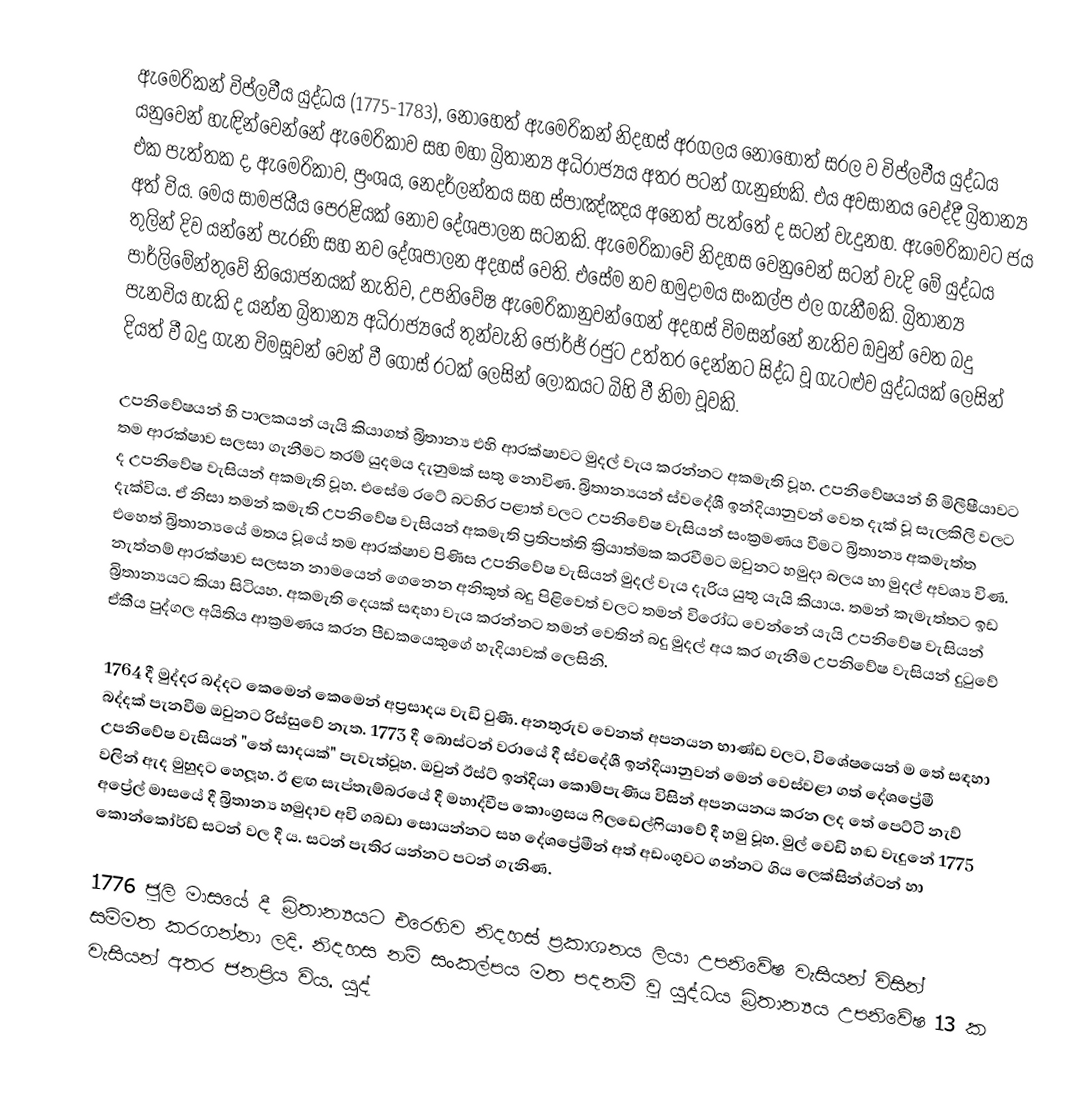
ඇමෙරිකන් විප්ලවීය යුද්ධය (1775-1783), නොහෙත් ඇමෙරිකන් නිදහස් අරගලය නොහොත් සරල ව විප්ලවීය යුද්ධය යනුවෙන් හැඳින්වෙන්නේ ඇමෙරිකාව සහ මහා බ්‍රිතාන්‍ය අධිරාජ්‍යය අතර පටන් ගැනුණකි. එය අවසානය වෙද්දී බ්‍රිතාන්‍ය එක පැත්තක ද, ඇමෙරිකාව, ප්‍රංශය, නෙදර්ලන්තය සහ ස්පාඤ්ඤය අනෙත් පැත්තේ ද සටන් වැදුනහ. ඇමෙරිකාවට ජය අත් විය. මෙය සාමජයීය පෙරළියක් නොව දේශපාලන සටනකි. ඇමෙරිකාවේ නිදහස වෙනුවෙන් සටන් වැදි මේ යුද්ධය තුලින් දිව යන්නේ පැරණි සහ නව දේශපාලන අදහස් වෙති. එසේම නව හමුදාමය සංකල්ප ඵල ගැනීමකි. බ්‍රිතාන්‍ය පාර්ලිමේන්තුවේ නියෝජනයක් නැතිව, උපනිවේෂ ඇමෙරිකානුවන්ගෙන් අදහස් විමසන්නේ නැතිව ඔවුන් වෙත බදු පැනවිය හැකි ද යන්න බ්‍රිතාන්‍ය අධිරාජ්‍යයේ තුන්වැනි ජෝර්ජ් රජුට උත්තර දෙන්නට සිද්ධ වූ ගැටළුව යුද්ධයක් ලෙසින් දියත් වී බදු ගැන විමසූවන් වෙන් වී ගොස් රටක් ලෙසින් ලෝකයට බිහි වී නිමා වූවකි.

උපනිවේෂයන් හි පාලකයන් යැයි කියාගත් බ්‍රිතාන්‍ය එහි ආරක්ෂාවට මුදල් වැය කරන්නට අකමැති වූහ. උපනිවේෂයන් හි මිලීෂීයාවට තම ආරක්ෂාව සලසා ගැනීමට තරම් යුදමය දැනුමක් සතු නොවිණ. බ්‍රිතාන්‍යයන් ස්වදේශී ඉන්දියානුවන් වෙත දැක් වූ සැලකිලි වලට ද උපනිවේෂ වැසියන් අකමැති වූහ. එසේම රටේ බටහිර පළාත් වලට උපනිවේෂ වැසියන් සංක්‍රමණය වීමට බ්‍රිතාන්‍ය අකමැත්ත දැක්විය. ඒ නිසා තමන් කමැති උපනිවේෂ වැසියන් අකමැති ප්‍රතිපත්ති ක්‍රියාත්මක කරවීමට ඔවුනට හමුදා බලය හා මුදල් අවශ්‍ය විණ. එහෙත් බ්‍රිතාන්‍යයේ මතය වූයේ තම ආරක්ෂාව පිණිස උපනිවේෂ වැසියන් මුදල් වැය දැරිය යුතු යැයි කියාය. තමන් කැමැත්තට ඉඩ නැත්නම් ආරක්ෂාව සලසන නාමයෙන් ගෙනෙන අනිකුත් බදු පිළිවෙත් වලට තමන් විරෝධ වෙන්නේ යැයි උපනිවේෂ වැසියන් බ්‍රිතාන්‍යයට කියා සිටියහ. අකමැති දෙයක් සඳහා වැය කරන්නට තමන් වෙතින් බදු මුදල් අය කර ගැනීම උපනිවේෂ වැසියන් දුටුවේ ඒකීය පුද්ගල අයිතිය ආක්‍රමණය කරන පීඩකයෙකුගේ හැදියාවක් ලෙසිනි.

1764 දී මුද්දර බද්දට කෙමෙන් කෙමෙන් අප්‍රසාදය වැඩි වුණි. අනතුරුව වෙනත් අපනයන භාණ්ඩ වලට, විශේෂයෙන් ම තේ සඳහා බද්දක් පැනවීම ඔවුනට රිස්සුවේ නැත. 1773 දී බොස්ටන් වරායේ දී ස්වදේශී ඉන්දියානුවන් මෙන් වෙස්වළා ගත් දේශප්‍රේමී උපනිවේෂ වැසියන් "තේ සාදයක්" පැවැත්වූහ. ඔවුන් ඊස්ට් ඉන්දියා කොම්පැණිය විසින් අපනයනය කරන ලද තේ පෙට්ටි නැව් වලින් ඇද මුහුදට හෙලූහ. ඊ ළඟ සැප්තැම්බරයේ දී මහාද්වීප කොංග්‍රසය ෆිලඩෙල්ෆියාවේ දී හමු වූහ. මුල් වෙඩි හඬ වැදුනේ 1775 අප්‍රේල් මාසයේ දී බ්‍රිතාන්‍ය හමුදාව අවි ගබඩා සොයන්නට සහ දේශප්‍රේමීන් අත් අඩංගුවට ගන්නට ගිය ලෙක්සින්ග්ටන් හා කොන්කෝර්ඩ් සටන් වල දී ය. සටන් පැතිර යන්නට පටන් ගැනිණ.

1776 ජූලි මාසයේ දී බ්‍රිතාන්‍යයට එරෙහිව නිදහස් ප්‍රකාශනය ලියා උපනිවේෂ වැසියන් විසින් සම්මත කරගන්නා ලදි. නිදහස නම් සංකල්පය මත පදනම් වූ යුද්ධය බ්‍රිතාන්‍යය උපනිවේෂ 13 ක වැසියන් අතර ජනප්‍රිය විය. යුද්